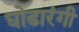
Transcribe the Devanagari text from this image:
घोडारंगी